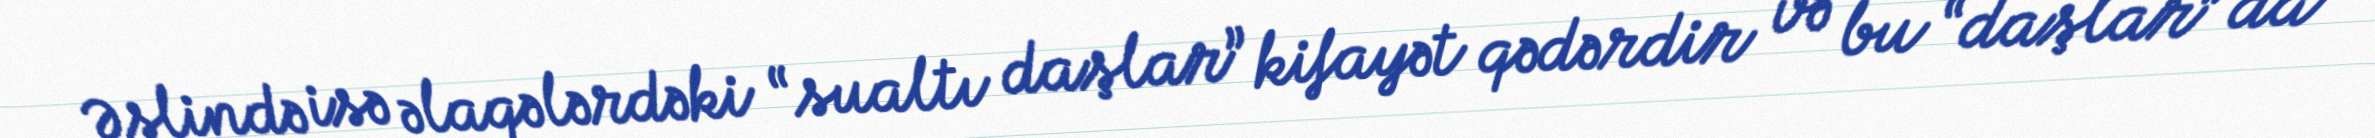
Əslində isə əlaqələrdəki “sualtı daşlar” kifayət qədərdir və bu “daşlar” da